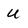
Character: u